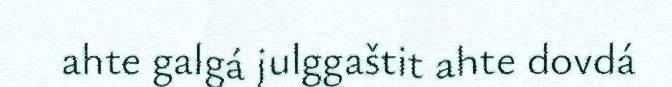
ahte galgá julggaštit ahte dovdá